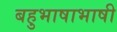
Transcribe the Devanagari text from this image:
बहुभाषाभाषी